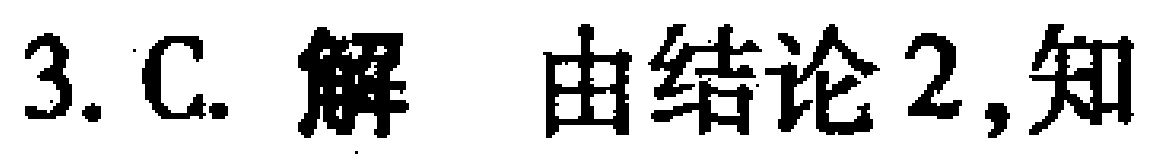
3. C. 解 由结论2,知